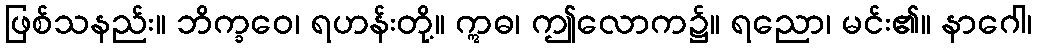
ဖြစ်သနည်း။ ဘိက္ခဝေ၊ ရဟန်းတို့။ ဣဓ၊ ဤလောက၌။ ရညော၊ မင်း၏။ နာဂေါ၊